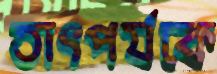
তাৎপর্যকে